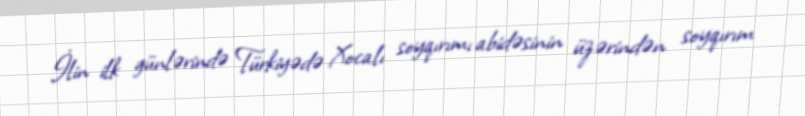
İlin ilk günlərində Türkiyədə Xocalı soyqırımı abidəsinin üzərindən soyqırım